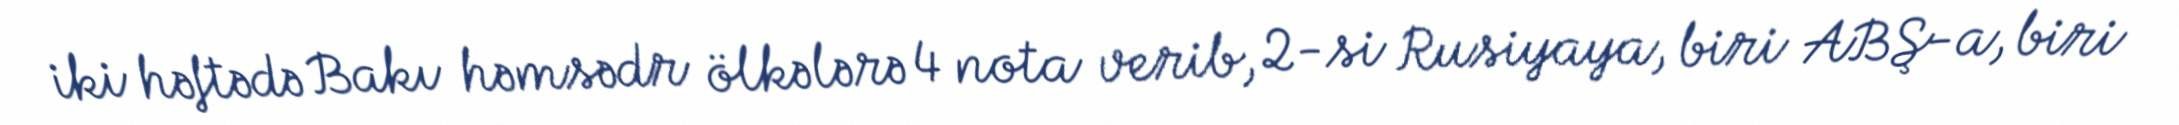
iki həftədə Bakı həmsədr ölkələrə 4 nota verib, 2-si Rusiyaya, biri ABŞ-a, biri